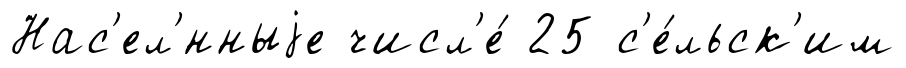
Нас'ел'́нныjе числ'е́ 25 с'е́льск'им